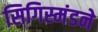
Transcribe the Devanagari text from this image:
सिगिस्मंडने